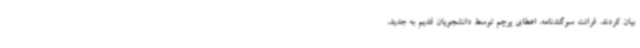
بیان کردند. قرائت سوگندنامه، اعطای پرچم توسط دانشجویان قدیم به جدید،